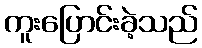
ကူးပြောင်းခဲ့သည်